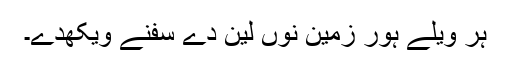
ہر ویلے ہور زمین نوں لین دے سُفنے ویکھدے۔